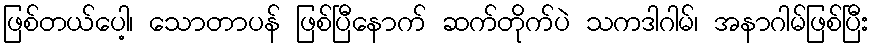
ဖြစ်တယ်ပေါ့၊ သောတာပန် ဖြစ်ပြီနောက် ဆက်တိုက်ပဲ သကဒါဂါမ်၊ အနာဂါမ်ဖြစ်ပြီး